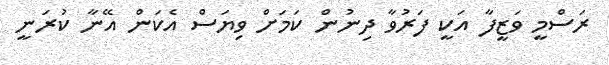
ރަސްމީ ވަޒީފާ އަކީ ފަރުވާ ދިނުން ކަމަށް ވިޔަސް އެކަން އޭނާ ކުރަނީ